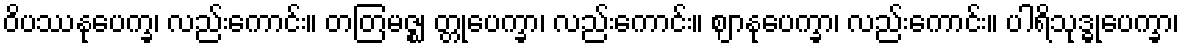
ဝိပဿနုပေက္ခ၊ လည်းကောင်း။ တတြမဇ္ဈ တ္တုပေက္ခာ၊ လည်းကောင်း။ ဈာနုပေက္ခာ၊ လည်းကောင်း။ ပါရိသုဒ္ဓုပေက္ခာ၊